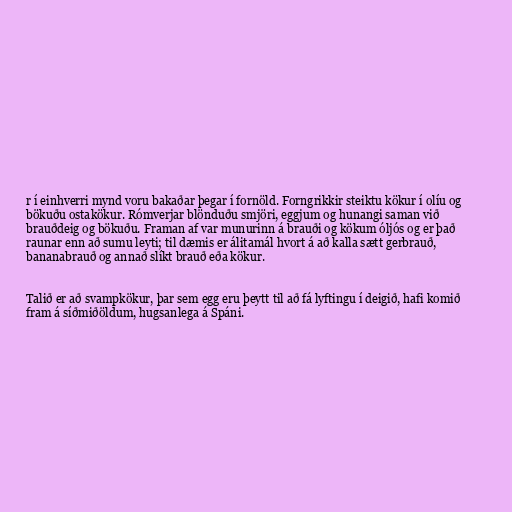
r í einhverri mynd voru bakaðar þegar í fornöld. Forngrikkir steiktu kökur í olíu og
bökuðu ostakökur. Rómverjar blönduðu smjöri, eggjum og hunangi saman við
brauðdeig og bökuðu. Framan af var munurinn á brauði og kökum óljós og er það
raunar enn að sumu leyti; til dæmis er álitamál hvort á að kalla sætt gerbrauð,
bananabrauð og annað slíkt brauð eða kökur.

Talið er að svampkökur, þar sem egg eru þeytt til að fá lyftingu í deigið, hafi komið
fram á síðmiðöldum, hugsanlega á Spáni.